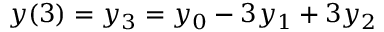
y ( 3 ) = y _ { 3 } = y _ { 0 } - 3 y _ { 1 } + 3 y _ { 2 }